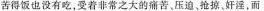
苦得饭也没有吃，受着非常之大的痛苦，压迫，抢掠奸淫，而